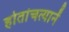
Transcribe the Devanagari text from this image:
होतांचत्यानें